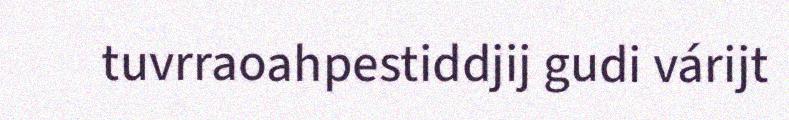
tuvrraoahpestiddjij gudi várijt